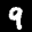
Label: 9